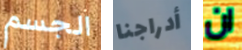
الجسم أدراجنا ان